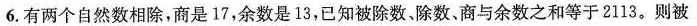
6.有两个自然数相除，商是17，余数是13，已知被除数。除数、商与余数之和等于2113。则被